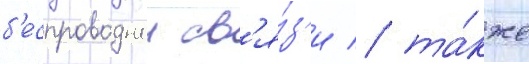
б'еспроводнои св'я́з'и / та́кже